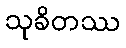
သုခိတဿ